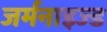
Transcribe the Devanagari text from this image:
जर्मनाइज्ड